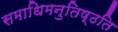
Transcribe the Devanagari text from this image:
समाधिमनुतिष्ठति